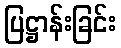
ပြဋ္ဌာန်းခြင်း